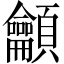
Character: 龥